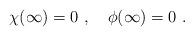
LaTeX: \begin{align*}\chi(\infty)=0 \ , \quad \phi(\infty)=0\ .\end{align*}